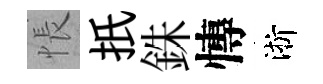
悵扺銖慱淅